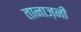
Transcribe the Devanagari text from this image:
तानाज़नी